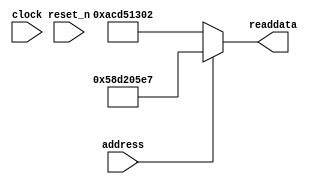
module soc_system_sysid_qsys_2 (
                address,
                clock,
                reset_n,
                readdata
             )
;
  output  [ 31: 0] readdata;
  input            address;
  input            clock;
  input            reset_n;
  wire    [ 31: 0] readdata;
  assign readdata = address ? 1490159079 : 2899645186;
endmodule